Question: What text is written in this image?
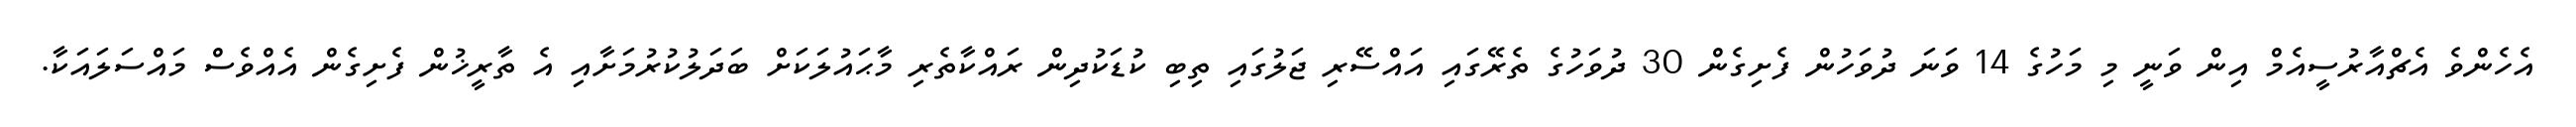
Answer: އެހެންވެ އެޗްއާރުސީއެމް އިން ވަނީ މި މަހުގެ 14 ވަނަ ދުވަހުން ފެށިގެން 30 ދުވަހުގެ ތެރޭގައި އައްސޭރި ޖަލުގައި ތިބި ކުޑަކުދިން ރައްކާތެރި މާޙައުލަކަށް ބަދަލުކުރުމަށާއި އެ ތާރީޚުން ފެށިގެން އެއްވެސް މައްސަލައަކާ.